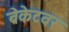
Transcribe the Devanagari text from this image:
ब्रेकेटवर